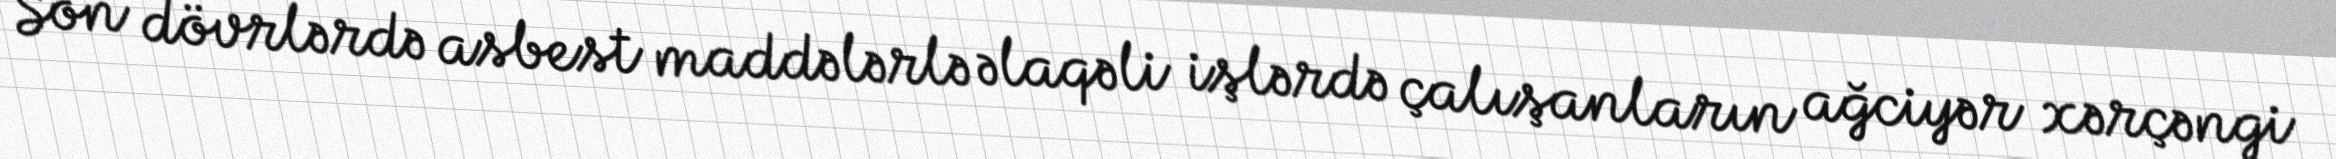
Son dövrlərdə asbest maddələrlə əlaqəli işlərdə çalışanların ağciyər xərçəngi